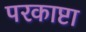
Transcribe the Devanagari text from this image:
परकाष्टा